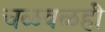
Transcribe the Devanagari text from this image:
चळवळही